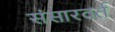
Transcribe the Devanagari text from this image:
संसारवर्त